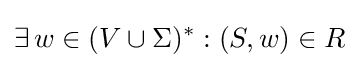
\exists \,w\in (V\cup \Sigma )^{*}:(S,w)\in R